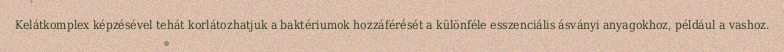
Kelátkomplex képzésével tehát korlátozhatjuk a baktériumok hozzáférését a különféle esszenciális ásványi anyagokhoz, például a vashoz.